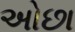
અોછા